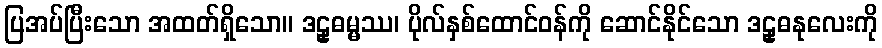
ပြအပ်ပြီးသော အထတ်ရှိသော။ ဒဠှဓမ္မဿ၊ ပိုလ်နှစ်ထောင်ဝန်ကို ဆောင်နိုင်သော ဒဠှဓနုလေးကို